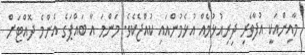
މާއިންއަކީ އުފާވެރި ދިރިއުޅުމެއް އުޅެމުންއައި ކުއްޖެކެވެ. މަންމަ އާ ބައްޕަގެ އެންމެ ދޮއްޓަށް